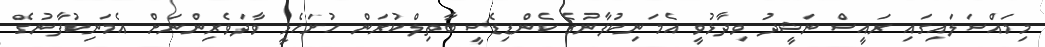
މިމައްސަލައިގައި ރައީސް ނަޝީދު ވިދާޅުވީ އެމަނިކުފާނުގެ ކެންޑިޑެސީ ބާތިލްކުރަން ހުށަހެޅީ ވާދަވެރިންނަށް އެމަނިކުފާނުގެ